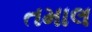
તમાલ